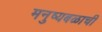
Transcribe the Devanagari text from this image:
मनुष्यबळाची